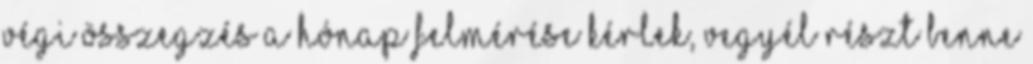
végi összegzés A hónap felmérése Kérlek, vegyél részt benne